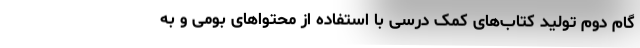
گام دوم تولید کتا‌ب‌های کمک درسی با استفاده از محتواهای بومی و به